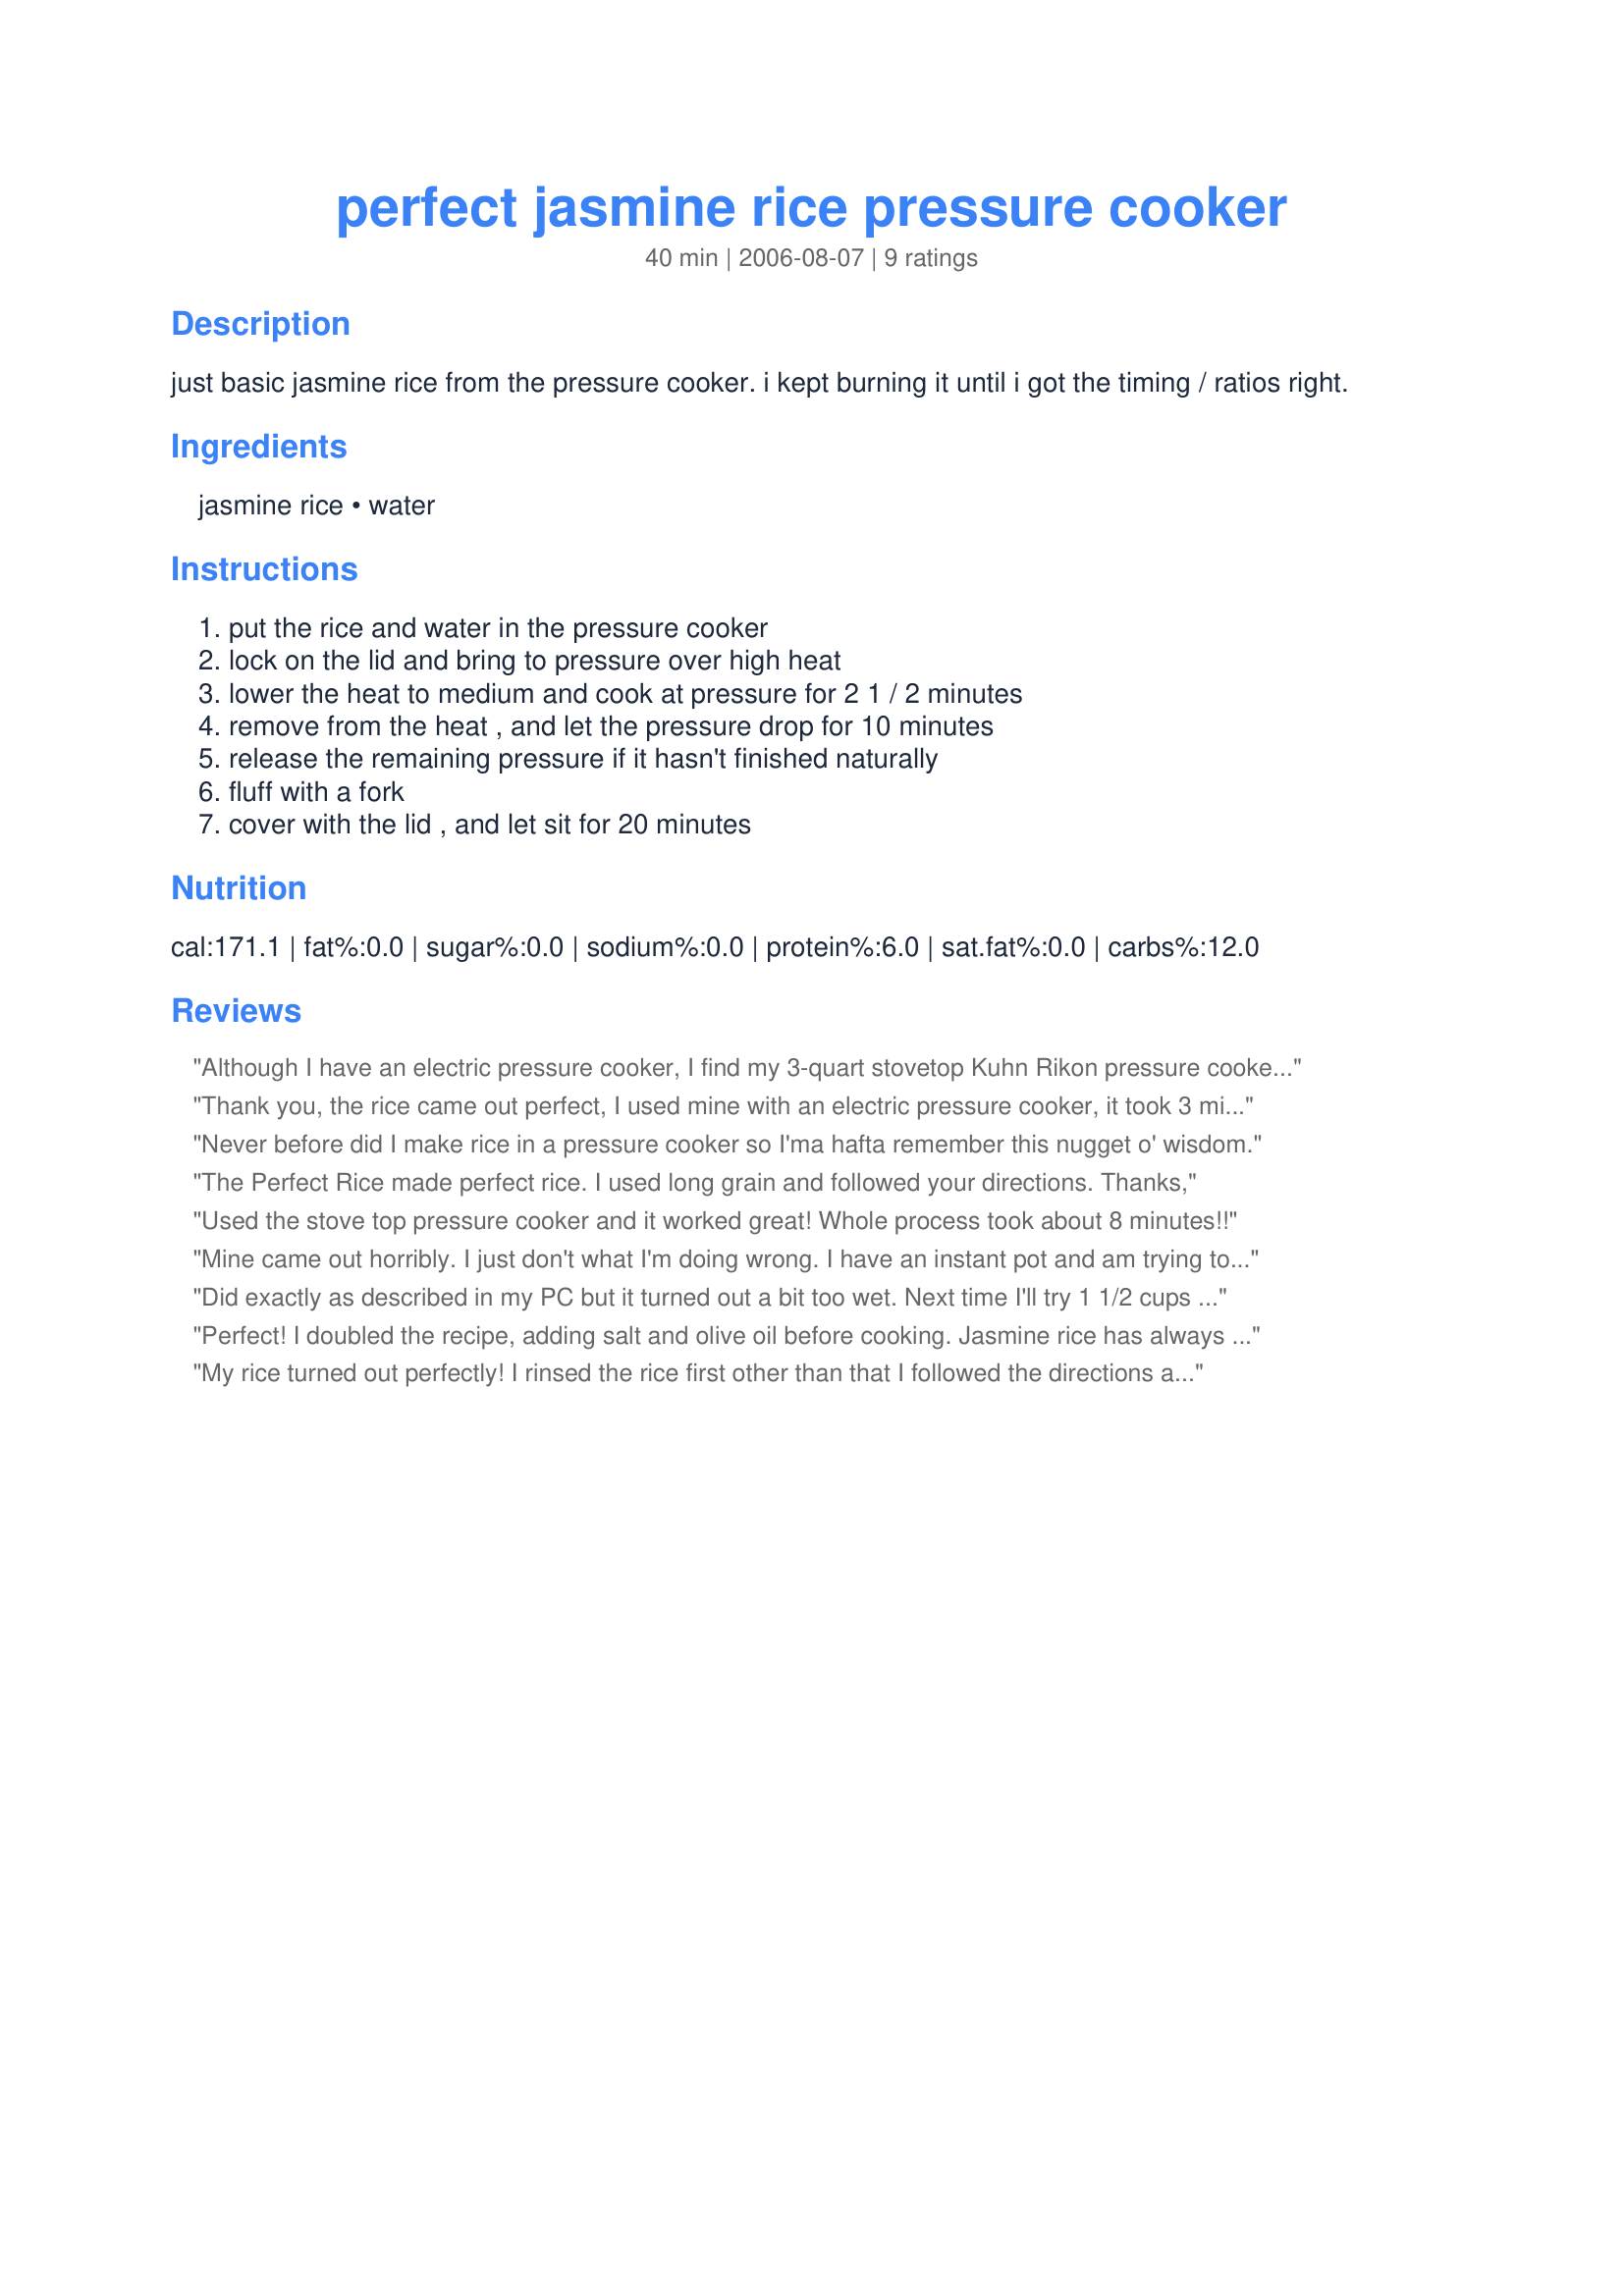
perfect jasmine rice pressure cooker
Preparation time: 40 minutes

just basic jasmine rice from the pressure cooker. i kept burning it until i got the timing / ratios right.

Ingredients:
jasmine rice, water

Steps:
put the rice and water in the pressure cooker, lock on the lid and bring to pressure over high heat, lower the heat to medium and cook at pressure for 2 1 / 2 minutes, remove from the heat , and let the pressure drop for 10 minutes, release the remaining pressure if it hasn't finished naturally, fluff with a fork, cover with the lid , and let sit for 20 minutes

Reviews:
Although I have an electric pressure cooker, I find my 3-quart stovetop Kuhn Rikon pressure cooker to be more convenient for just cooking rice on the side, and the rice is more &quot;perfect&quot; (distinct rice, not mushy). Your measurements were spot on! (Note: I make rice in my electric pressure cooker often, but I don't get as much yield as I do on the stovetop, and the texture is slightly less satisfactory - when I do, I have to change the ratios of rice:water, as well, using the advice on hippressurecooking dot com.) I rinsed (but did not soak) my jasmine rice before cooking. Note: my gas stovetop runs hot, so I switched the rice to a new burner with an extra grate on top, and that maintains the correct pressure much better - I have a high-powered gas stovetop, so I'll live with that adjustment, so I can still wok away when I desire.
Thank you, the rice came out perfect, I used mine with an electric pressure cooker, it took 3 minutes with a quick release method. I will save this and use again and again. thanks
Never before did I make rice in a pressure cooker so I'ma hafta remember this nugget o' wisdom.
The Perfect Rice made perfect rice. I used long grain and followed your directions. Thanks,
Used the stove top pressure cooker and it worked great! Whole process took about 8 minutes!!
Mine came out horribly. I just don't what I'm doing wrong. I have an instant pot and am trying to get used to it, unsuccessfully.
Did exactly as described in my PC but it turned out a bit too wet. Next time I'll try 1 1/2 cups of water and 4 minutes. However I can get a perfect jasmine rice on the gas stovetop in 20 minutes with a 1 : 2 ratio.
Perfect! I doubled the recipe, adding salt and olive oil before cooking. Jasmine rice has always been tricky for me, but not anymore! Now I'm not stuck with basmati for every rice dish. I think this would be good with some veggies or spices and cooked as a pilaf or casserole or something, but I haven't tried yet...
My rice turned out perfectly! I rinsed the rice first other than that I followed the directions as instructed . Thanks for the advice!
